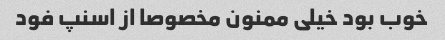
خوب بود خیلی ممنون مخصوصا از اسنپ فود